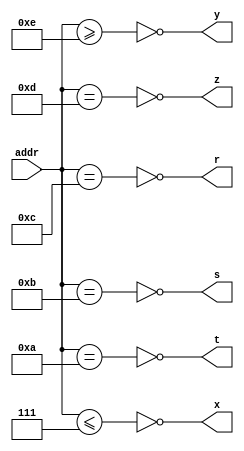
module addr_decode(input  [3:0] addr,
		   output r, s, t, x, y, z);

	assign x = !(addr <= 4'b0111);	// X 0x0000 0x7FFF RAM
	assign t = !(addr == 4'b1010);	// T 0xA000 0xAFFF
	assign s = !(addr == 4'b1011);	// S 0xB000 0xBFFF
	assign r = !(addr == 4'b1100);	// R 0xC000 0xCFFF
	assign z = !(addr == 4'b1101);	// Z 0xD000 0xDFFF PIA
	assign y = !(addr >= 4'b1110);	// Y 0xE000 0xFFFF EEPROM
endmodule